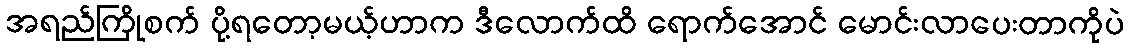
အရည်ကြိုစက် ပို့ရတော့မယ့်ဟာက ဒီလောက်ထိ ရောက်အောင် မောင်းလာပေးတာကိုပဲ